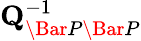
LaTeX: \mathbf{Q}_{\Bar{P}\Bar{P}}^{-1}